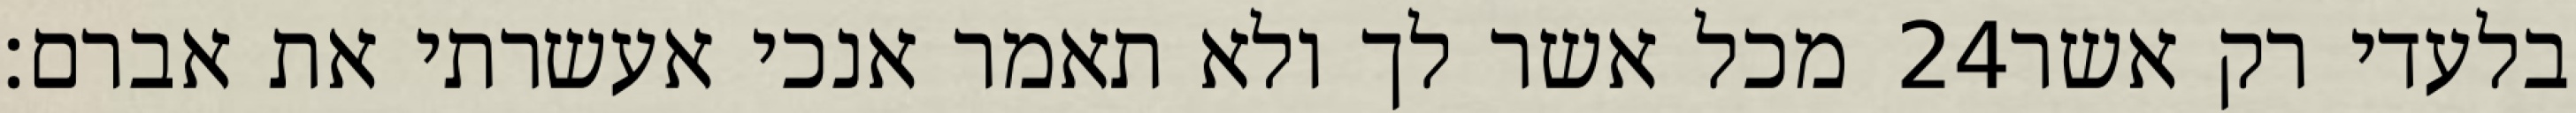
מכל אשר לך ולא תאמר אנכי אעשרתי את אברם׃ ‎24‏ בלעדי רק אשר